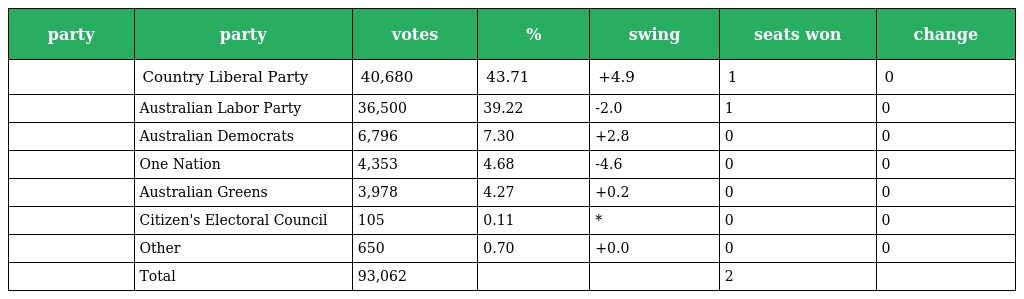
| party | party | votes | % | swing | seats won | change |
 | --- | --- | --- | --- | --- | --- | --- |
 |  | Country Liberal Party | 40,680 | 43.71 | +4.9 | 1 | 0 |
 |  | Australian Labor Party | 36,500 | 39.22 | -2.0 | 1 | 0 |
 |  | Australian Democrats | 6,796 | 7.30 | +2.8 | 0 | 0 |
 |  | One Nation | 4,353 | 4.68 | -4.6 | 0 | 0 |
 |  | Australian Greens | 3,978 | 4.27 | +0.2 | 0 | 0 |
 |  | Citizen's Electoral Council | 105 | 0.11 | * | 0 | 0 |
 |  | Other | 650 | 0.70 | +0.0 | 0 | 0 |
 |  | Total | 93,062 |  |  | 2 |  |